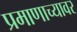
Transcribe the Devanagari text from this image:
प्रमाणाच्यावर